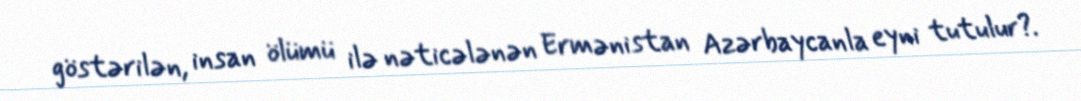
göstərilən, insan ölümü ilə nəticələnən Ermənistan Azərbaycanla eyni tutulur?.